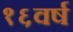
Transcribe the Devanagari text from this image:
१६वर्ष